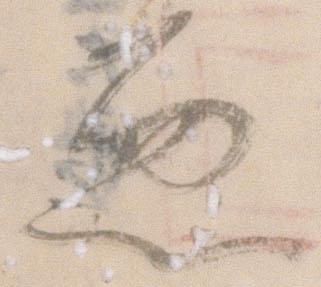
悪